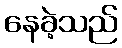
နေခဲ့သည်